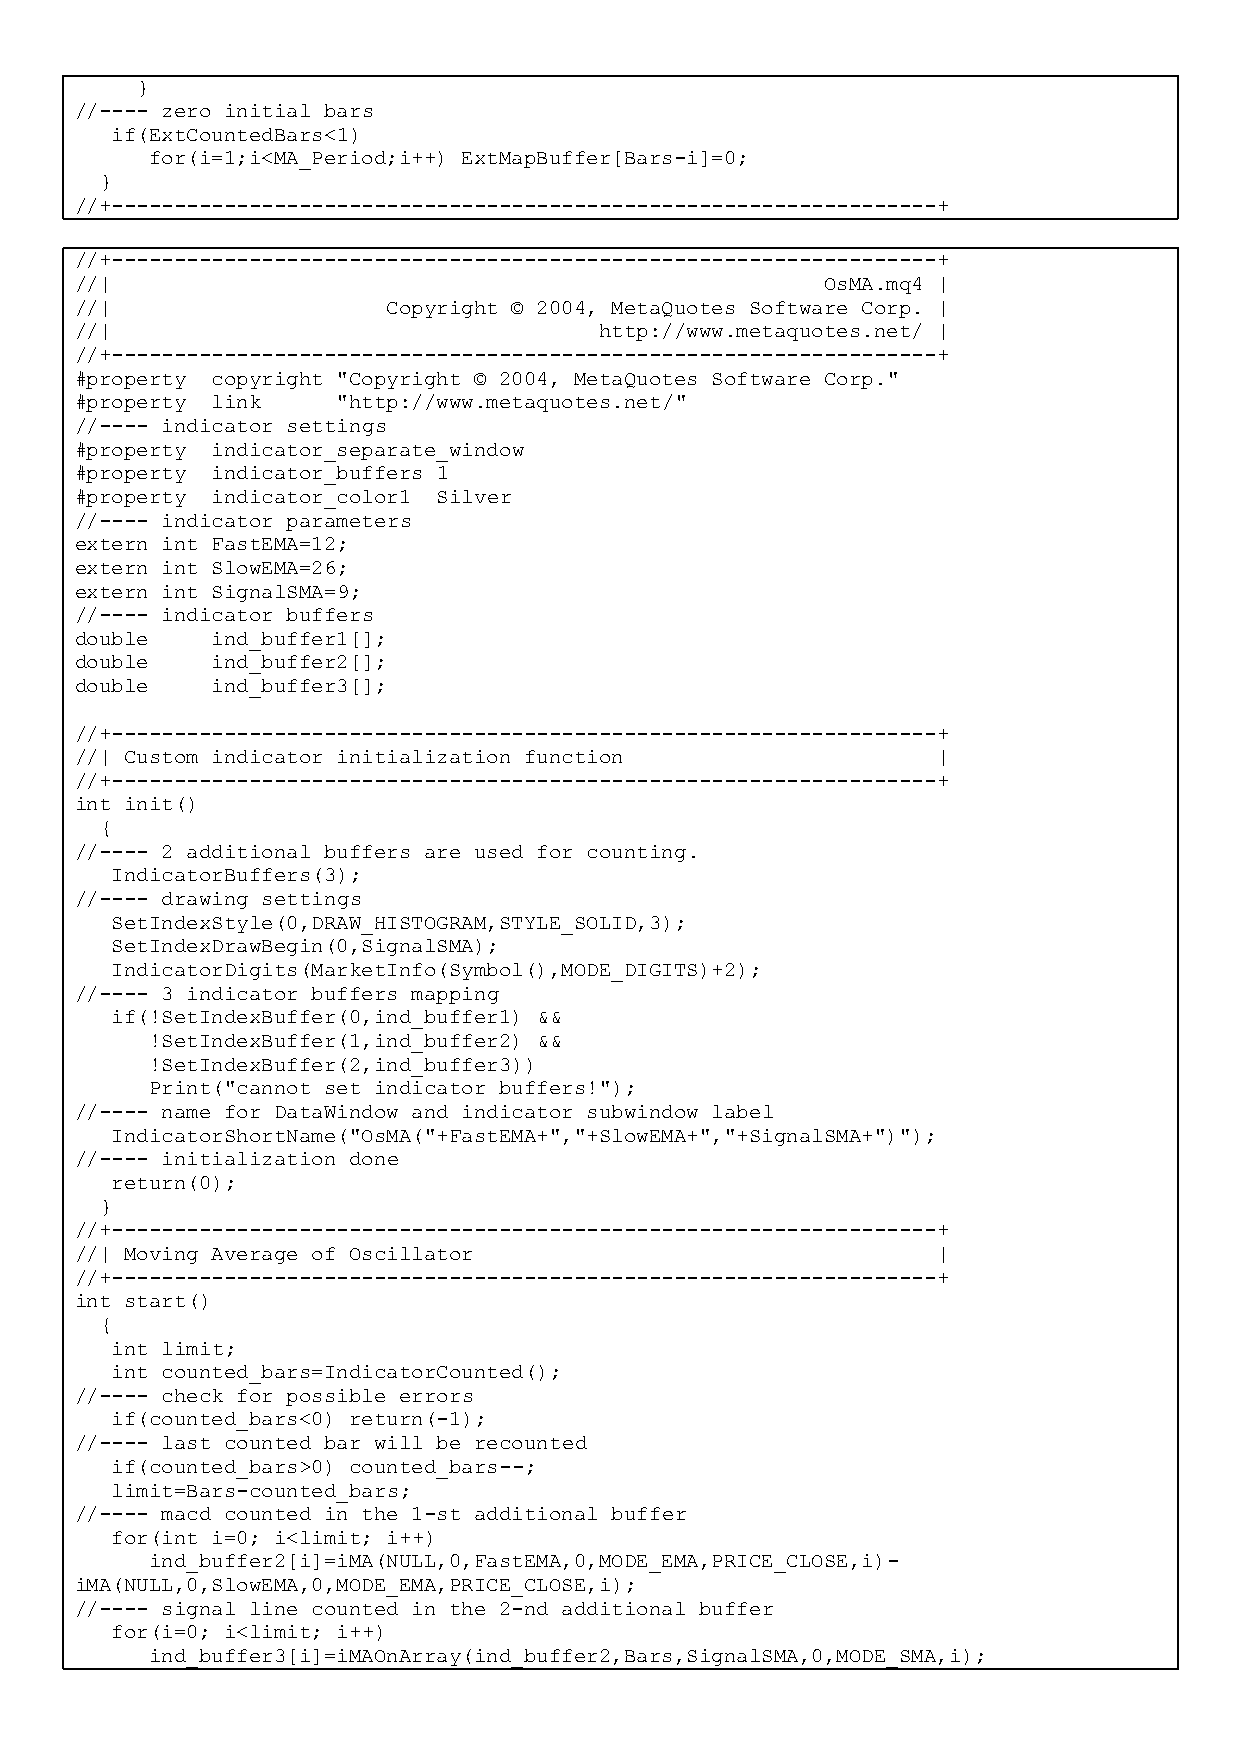
}
 //---- zero initial bars
 if(ExtCountedBars<1)
 for(i=1;i<MA_Period;i++) ExtMapBuffer[Bars-i]=0;
 }
 //+------------------------------------------------------------------+
 //+------------------------------------------------------------------+
 //|                                               OsMA.mq4 |
 //|                  Copyright © 2004, MetaQuotes Software Corp. |
 //|                                http://www.metaquotes.net/ |
 //+------------------------------------------------------------------+
 #property copyright "Copyright © 2004, MetaQuotes Software Corp."
 #property link   "http://www.metaquotes.net/"
 //---- indicator settings
 #property indicator_separate_window
 #property indicator_buffers 1
 #property indicator_color1 Silver
 //---- indicator parameters
 extern int FastEMA=12;
 extern int SlowEMA=26;
 extern int SignalSMA=9;
 //---- indicator buffers
 double   ind_buffer1[];
 double   ind_buffer2[];
 double   ind_buffer3[];
 //+------------------------------------------------------------------+
 //| Custom indicator initialization function             |
 //+------------------------------------------------------------------+
 int init()
 {
 //---- 2 additional buffers are used for counting.
 IndicatorBuffers(3);
 //---- drawing settings
 SetIndexStyle(0,DRAW_HISTOGRAM,STYLE_SOLID,3);
 SetIndexDrawBegin(0,SignalSMA);
 IndicatorDigits(MarketInfo(Symbol(),MODE_DIGITS)+2);
 //---- 3 indicator buffers mapping
 if(!SetIndexBuffer(0,ind_buffer1) &&
 !SetIndexBuffer(1,ind_buffer2) &&
 !SetIndexBuffer(2,ind_buffer3))
 Print("cannot set indicator buffers!");
 //---- name for DataWindow and indicator subwindow label
 IndicatorShortName("OsMA("+FastEMA+","+SlowEMA+","+SignalSMA+")");
 //---- initialization done
 return(0);
 }
 //+------------------------------------------------------------------+
 //| Moving Average of Oscillator                         |
 //+------------------------------------------------------------------+
 int start()
 {
 int limit;
 int counted_bars=IndicatorCounted();
 //---- check for possible errors
 if(counted_bars<0) return(-1);
 //---- last counted bar will be recounted
 if(counted_bars>0) counted_bars--;
 limit=Bars-counted_bars;
 //---- macd counted in the 1-st additional buffer
 for(int i=0; i<limit; i++)
 ind_buffer2[i]=iMA(NULL,0,FastEMA,0,MODE_EMA,PRICE_CLOSE,i)-
 iMA(NULL,0,SlowEMA,0,MODE_EMA,PRICE_CLOSE,i);
 //---- signal line counted in the 2-nd additional buffer
 for(i=0; i<limit; i++)
 ind_buffer3[i]=iMAOnArray(ind_buffer2,Bars,SignalSMA,0,MODE_SMA,i);